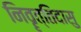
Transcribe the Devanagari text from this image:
निवॄत्तिदासु